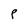
Character: P